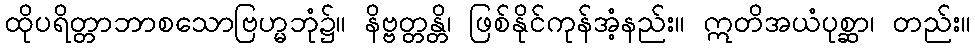
ထိုပရိတ္တာဘာစသောဗြဟ္မဘုံ၌။ နိဗ္ဗတ္တန္တိ၊ ဖြစ်နိုင်ကုန်အံ့နည်း။ ဣတိအယံပုစ္ဆာ၊ တည်း။